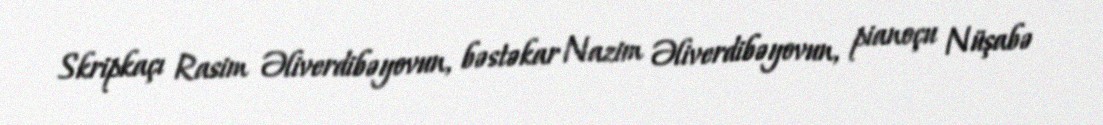
Skripkaçı Rasim Əliverdibəyovun, bəstəkar Nazim Əliverdibəyovun, pianoçu Nüşabə